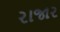
રાજાર